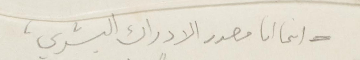
انما انا مصدر الادراك البشري